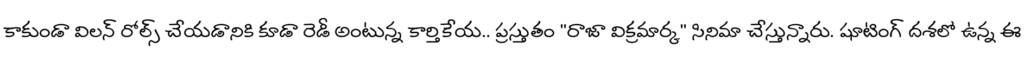
కాకుండా విలన్ రోల్స్ చేయడానికి కూడా రెడీ అంటున్న కార్తికేయ.. ప్రస్తుతం "రాజా విక్రమార్క" సినిమా చేస్తున్నారు. షూటింగ్ దశలో ఉన్న ఈ